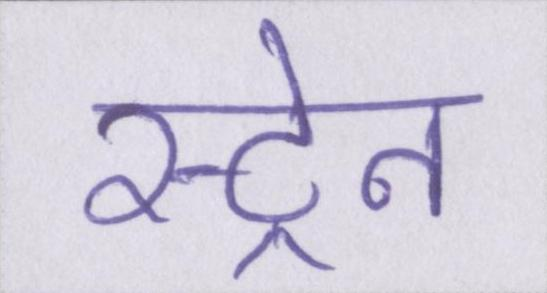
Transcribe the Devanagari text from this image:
स्ट्रेन